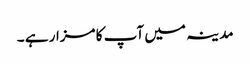
مدینہ میں آپ کا مزار ہے ۔